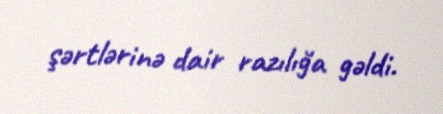
şərtlərinə dair razılığa gəldi.